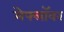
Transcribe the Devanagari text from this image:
मेफ्लॉवर